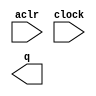
// megafunction wizard: %LPM_COUNTER%VBB%
// GENERATION: STANDARD
// VERSION: WM1.0
// MODULE: LPM_COUNTER 

// ============================================================
// Megafunction Name(s):
// 			LPM_COUNTER
//
// Simulation Library Files(s):
// 			lpm
// ============================================================
// ************************************************************
// THIS IS A WIZARD-GENERATED FILE. DO NOT EDIT THIS FILE!
//
// 17.1.0 Build 590 10/25/2017 SJ Lite Edition
// ************************************************************

//Copyright (C) 2017  Intel Corporation. All rights reserved.
//Your use of Intel Corporation's design tools, logic functions 
//and other software and tools, and its AMPP partner logic 
//functions, and any output files from any of the foregoing 
//(including device programming or simulation files), and any 
//associated documentation or information are expressly subject 
//to the terms and conditions of the Intel Program License 
//Subscription Agreement, the Intel Quartus Prime License Agreement,
//the Intel FPGA IP License Agreement, or other applicable license
//agreement, including, without limitation, that your use is for
//the sole purpose of programming logic devices manufactured by
//Intel and sold by Intel or its authorized distributors.  Please
//refer to the applicable agreement for further details.

module counter (
	aclr,
	clock,
	q);

	input	  aclr;
	input	  clock;
	output	[7:0]  q;

endmodule

// ============================================================
// CNX file retrieval info
// ============================================================
// Retrieval info: PRIVATE: ACLR NUMERIC "1"
// Retrieval info: PRIVATE: ALOAD NUMERIC "0"
// Retrieval info: PRIVATE: ASET NUMERIC "0"
// Retrieval info: PRIVATE: ASET_ALL1 NUMERIC "1"
// Retrieval info: PRIVATE: CLK_EN NUMERIC "0"
// Retrieval info: PRIVATE: CNT_EN NUMERIC "0"
// Retrieval info: PRIVATE: CarryIn NUMERIC "0"
// Retrieval info: PRIVATE: CarryOut NUMERIC "0"
// Retrieval info: PRIVATE: Direction NUMERIC "0"
// Retrieval info: PRIVATE: INTENDED_DEVICE_FAMILY STRING "MAX 10"
// Retrieval info: PRIVATE: ModulusCounter NUMERIC "0"
// Retrieval info: PRIVATE: ModulusValue NUMERIC "0"
// Retrieval info: PRIVATE: SCLR NUMERIC "0"
// Retrieval info: PRIVATE: SLOAD NUMERIC "0"
// Retrieval info: PRIVATE: SSET NUMERIC "0"
// Retrieval info: PRIVATE: SSET_ALL1 NUMERIC "1"
// Retrieval info: PRIVATE: SYNTH_WRAPPER_GEN_POSTFIX STRING "0"
// Retrieval info: PRIVATE: nBit NUMERIC "8"
// Retrieval info: PRIVATE: new_diagram STRING "1"
// Retrieval info: LIBRARY: lpm lpm.lpm_components.all
// Retrieval info: CONSTANT: LPM_DIRECTION STRING "UP"
// Retrieval info: CONSTANT: LPM_PORT_UPDOWN STRING "PORT_UNUSED"
// Retrieval info: CONSTANT: LPM_TYPE STRING "LPM_COUNTER"
// Retrieval info: CONSTANT: LPM_WIDTH NUMERIC "8"
// Retrieval info: USED_PORT: aclr 0 0 0 0 INPUT NODEFVAL "aclr"
// Retrieval info: USED_PORT: clock 0 0 0 0 INPUT NODEFVAL "clock"
// Retrieval info: USED_PORT: q 0 0 8 0 OUTPUT NODEFVAL "q[7..0]"
// Retrieval info: CONNECT: @aclr 0 0 0 0 aclr 0 0 0 0
// Retrieval info: CONNECT: @clock 0 0 0 0 clock 0 0 0 0
// Retrieval info: CONNECT: q 0 0 8 0 @q 0 0 8 0
// Retrieval info: GEN_FILE: TYPE_NORMAL counter.v TRUE
// Retrieval info: GEN_FILE: TYPE_NORMAL counter.inc FALSE
// Retrieval info: GEN_FILE: TYPE_NORMAL counter.cmp FALSE
// Retrieval info: GEN_FILE: TYPE_NORMAL counter.bsf TRUE
// Retrieval info: GEN_FILE: TYPE_NORMAL counter_inst.v TRUE
// Retrieval info: GEN_FILE: TYPE_NORMAL counter_bb.v TRUE
// Retrieval info: LIB_FILE: lpm